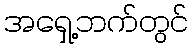
အရှေ့ဘက်တွင်